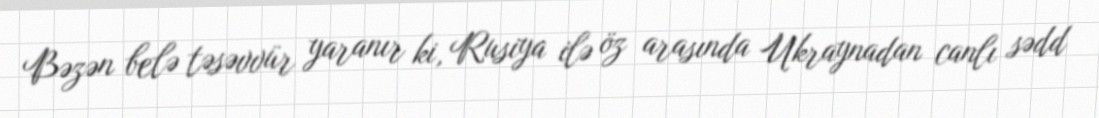
Bəzən belə təsəvvür yaranır ki, Rusiya ilə öz arasında Ukraynadan canlı sədd